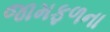
જામફળના